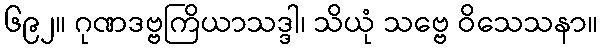
၆၉၂။ ဂုဏဒဗ္ဗကြိယာသဒ္ဒါ၊ သိယုံ သဗ္ဗေ ဝိသေသနာ။